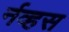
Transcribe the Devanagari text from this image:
र्नव्हस